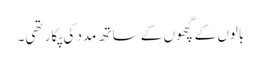
بالوں کے گچھوں کے ساتھ مدد کی پکار تھی۔